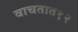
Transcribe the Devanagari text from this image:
वाचतात१२